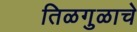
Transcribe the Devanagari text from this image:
तिळगुळाचे